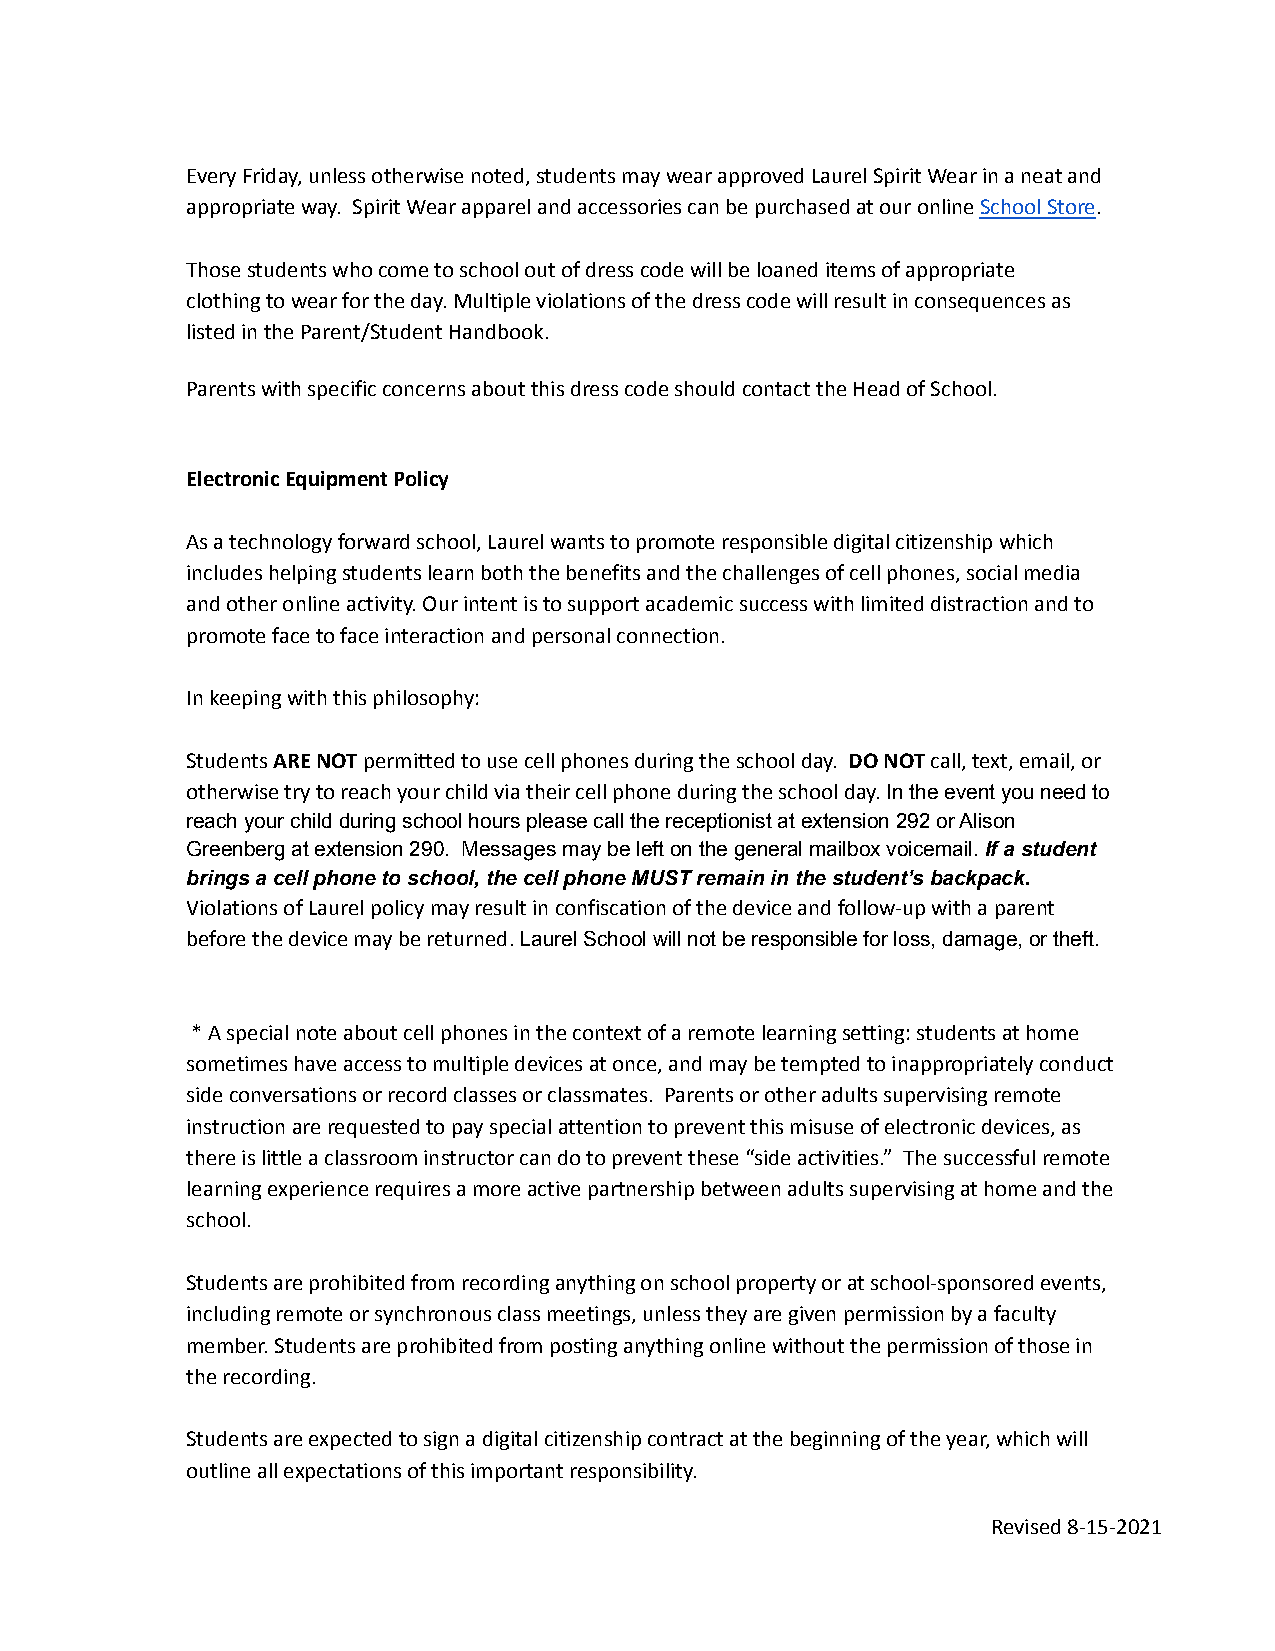
Every Friday, unless otherwise noted, students maywear approved Laurel Spirit Wear in a neat and
 appropriate way. Spirit Wear apparel and accessoriescan be purchased at our onlineSchool Store.
 Those students who come to school out of dress codewill be loaned items of appropriate
 clothing to wear for the day. Multiple violationsof the dress code will result in consequences as
 listed in the Parent/Student Handbook.
 Parents with specific concerns about this dress codeshould contact the Head of School.
 Electronic Equipment Policy
 As a technology forward school, Laurel wants to promoteresponsible digital citizenship which
 includes helping students learn both the benefitsand the challenges of cell phones, social media
 and other online activity. Our intent is to supportacademic success with limited distraction and to
 promote face to face interaction and personal connection.
 In keeping with this philosophy:
 StudentsARE NOTpermitted to use cell phones duringthe school day. DO NOTcall, text, email, or
 otherwise try to reach your child via their cell phoneduring the school day.In the event you need to
 reach your child during school hours please call thereceptionist at extension 292 or Alison
 Greenberg at extension 290. Messages may be lefton the general mailbox voicemail.If a student
 brings a cell phone to school, the cell phone MUSTremain in the student’s backpack.
 Violations of Laurel policy may result in confiscationof the device and follow-up with a parent
 before the device may be returned.Laurel School willnot be responsible for loss, damage, or theft.
 * A special note about cell phones in the contextof a remote learning setting: students at home
 sometimes have access to multiple devices at once,and may be tempted to inappropriately conduct
 side conversations or record classes or classmates. Parents or other adults supervising remote
 instruction are requested to pay special attentionto prevent this misuse of electronic devices, as
 there is little a classroom instructor can do to preventthese “side activities.” The successful remote
 learning experience requires a more active partnershipbetween adults supervising at home and the
 school.
 Students are prohibited from recording anything onschool property or at school-sponsored events,
 including remote or synchronous class meetings, unlessthey are given permission by a faculty
 member. Students are prohibited from posting anythingonline without the permission of those in
 the recording.
 Students are expected to sign a digital citizenshipcontract at the beginning of the year, which will
 outline all expectations of this important responsibility.
 Revised 8-15-2021